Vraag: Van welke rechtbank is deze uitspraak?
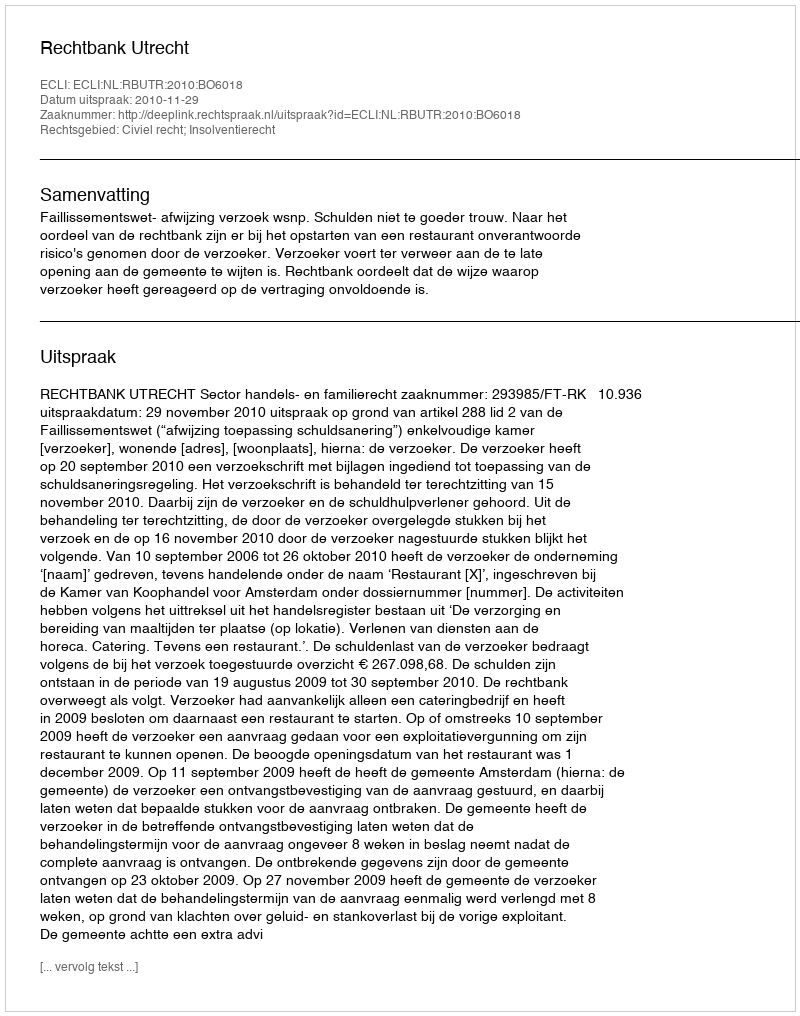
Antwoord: Rechtbank Utrecht